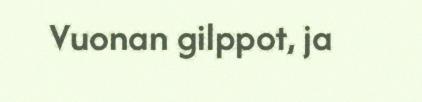
Vuonan gilppot, ja